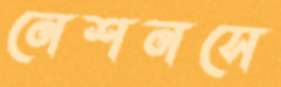
নেশনসে